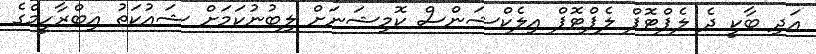
އަދި ބާކީ ދެ ލެޕްޓޮޕް ލެޕްޓޮޕް އިލެކްޝަންސް ކޮމިޝަނަށް ލިބުނުކަމަށް ޝައުކަތު އިބްރާހީމްގެ